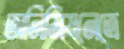
অনিমিষনেত্রে